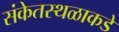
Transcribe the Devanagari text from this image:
संकेतस्थळाकडे